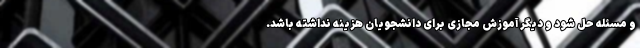
و مسئله حل شود و دیگر آموزش مجازی برای دانشجویان هزینه نداشته باشد.